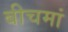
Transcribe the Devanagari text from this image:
बीचमां